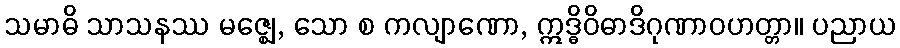
သမာဓိ သာသနဿ မဇ္ဈေ, သော စ ကလျာဏော, ဣဒ္ဓိဝိဓာဒိဂုဏာဝဟတ္တာ။ ပညာယ